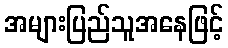
အများပြည်သူအနေဖြင့်